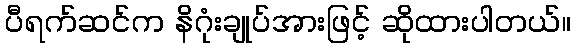
ပီရက်ဆင်က နိဂုံးချုပ်အားဖြင့် ဆိုထားပါတယ်။